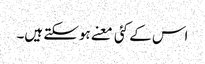
اس کے کئی معنے ہوسکتے ہیں۔